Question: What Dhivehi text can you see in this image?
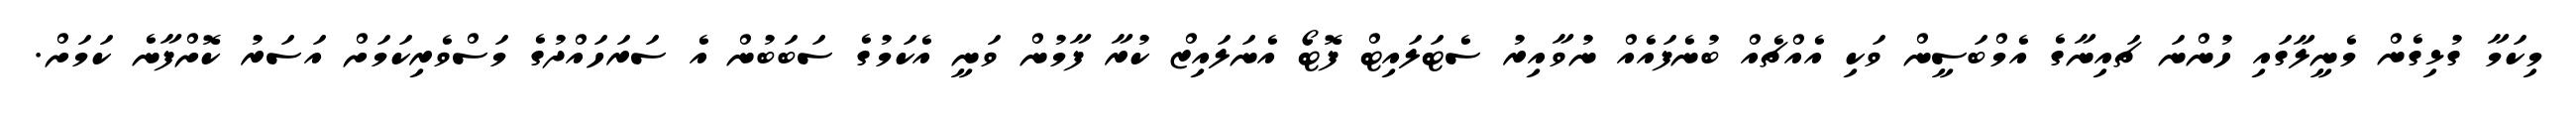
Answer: މިކަމާ ގުޅިގެން މެނީލާގައި ހުންނަ ޗައިނާގެ އެމްބަސީން ވަކި އެއްޗެއް ބުނެފައެއް ނުވާއިރު ސެޓަލައިޓް ފޮޓޯ އެނަލައިޒް ކުރާ ފާމުން ވަނީ އެކަމުގެ ސަބަބުން އެ ސަރަހައްދުގެ މަސްވެރިކަމަށް އަސަރު ކޮށްފާނެ ކަމަށް.